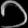
Digit: ၁